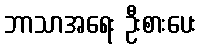
ဘာသာအရေး ဦးစားပေး